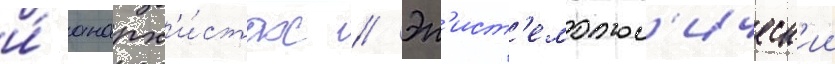
и́ анарх'и́стах // Эп'ист'емолог'ическ'ии